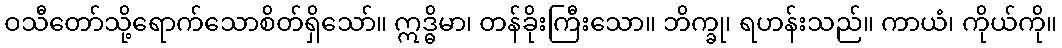
ဝသီတော်သို့ရောက်သောစိတ်ရှိသော်။ ဣဒ္ဓိမာ၊ တန်ခိုးကြီးသော။ ဘိက္ခု၊ ရဟန်းသည်။ ကာယံ၊ ကိုယ်ကို။